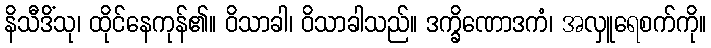
နိသီဒိံသု၊ ထိုင်နေကုန်၏။ ဝိသာခါ၊ ဝိသာခါသည်။ ဒက္ခိဏောဒကံ၊ အလှူရေစက်ကို။